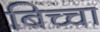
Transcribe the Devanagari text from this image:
बिच्चा